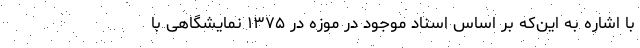
با اشاره به این‌که بر اساس اسناد موجود در موزه در ۱۳۷۵ نمایشگاهی با